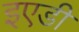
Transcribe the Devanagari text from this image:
इएडी